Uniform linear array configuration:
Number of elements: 64
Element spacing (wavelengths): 0.75
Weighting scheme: kaiser
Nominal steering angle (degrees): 15
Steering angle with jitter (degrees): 15.652
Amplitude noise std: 0.05
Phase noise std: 0.05

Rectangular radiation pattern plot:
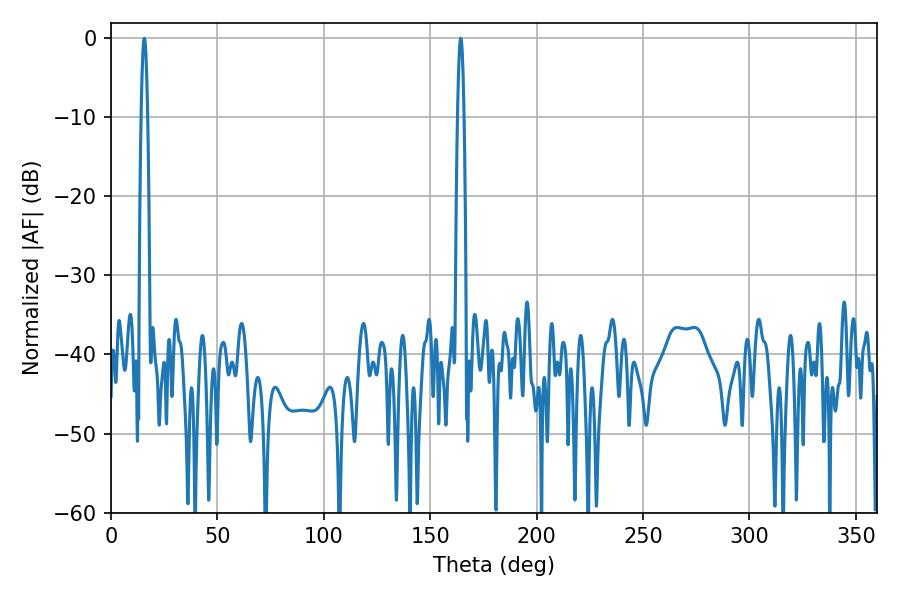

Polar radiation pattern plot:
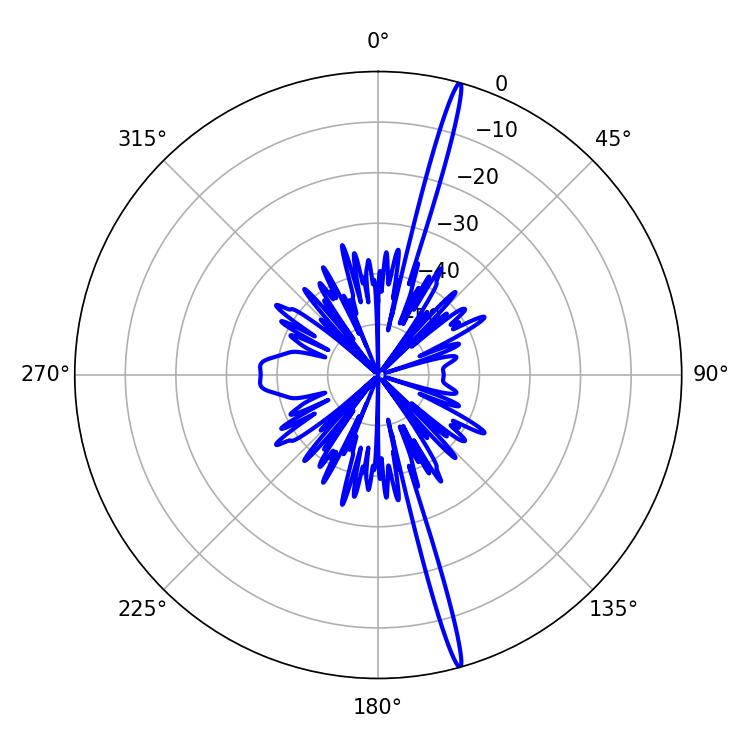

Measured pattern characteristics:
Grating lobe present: TRUE
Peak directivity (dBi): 20.609
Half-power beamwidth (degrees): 1.44
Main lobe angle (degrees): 15.66